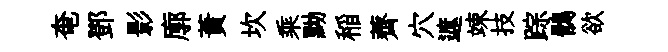
奄鄧影廓蕡坎乘黝稲薺穴遮竦技踪鶻欲